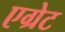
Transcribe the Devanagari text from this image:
एग्रेट